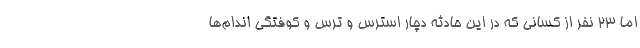
اما 23 نفر از کسانی که در این حادثه دچار استرس و ترس و کوفتگی اندام‌ها